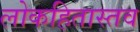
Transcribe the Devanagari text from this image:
लोकहितास्तव